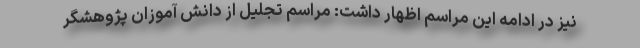
نیز در ادامه این مراسم اظهار داشت: مراسم تجلیل از دانش آموزان پژوهشگر